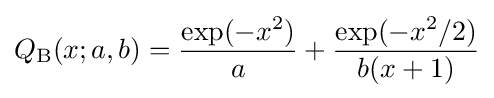
Q_{\mathrm {B} }(x;a,b)={\frac {\exp(-x^{2})}{a}}+{\frac {\exp(-x^{2}/2)}{b(x+1)}}